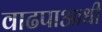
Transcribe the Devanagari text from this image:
वाढपाआधी